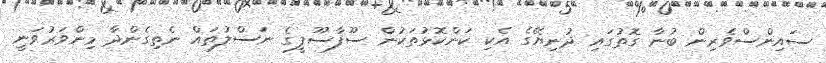
ސައިންސްވެރިން ބުނާ ގޮތުގައި ދުނިޔޭގެ އެކި ކަންކޮޅުތަކުން ސޫފާސޫފީގެ ނަސްލުތައް ނެތިގެންދާ މިންވަރުވަނީ